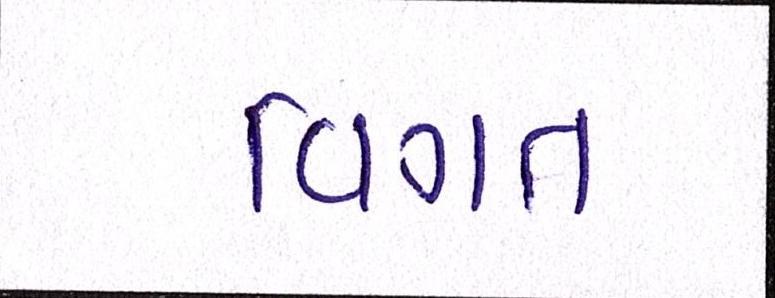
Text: વિગત